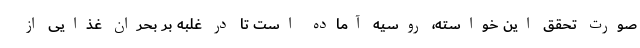
صورت تحقق این خواسته، روسیه آماده است تا در غلبه بر بحران غذایی از